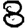
Digit: 8